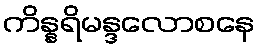
ကိန္နရိမန္ဒလောစနေ